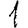
Digit: 1